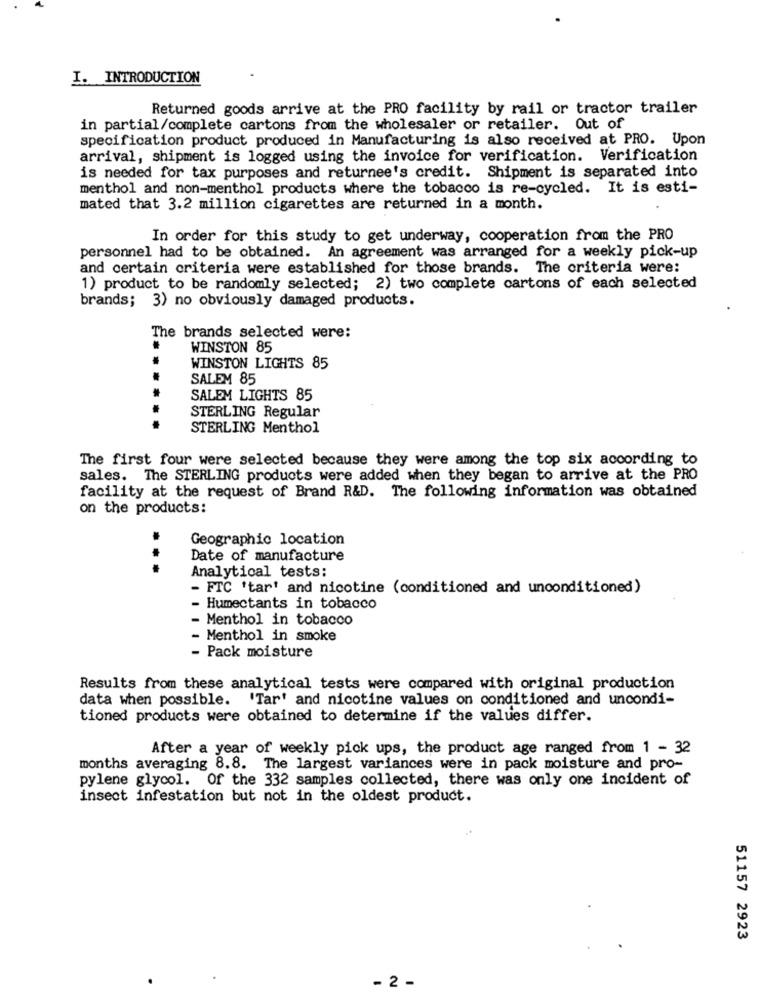
I. INTRODUCTION
Returned goods arrive at the PRO facility by rail or tractor trailer
in partial/complete cartons from the wholesaler or retailer. Out of
specification product produced in Manufacturing is also received at PRO. Upon
arrival, shipment is logged using the invoice for verification. Verification
is needed for tax purposes and returnee's credit. Shipment is separated into
menthol and non-menthol products where the tobacco is re-cycled. It is esti-
mated that 3.2 million cigarettes are returned in a month.
In order for this study to get underway, cooperation from the PRO
personnel had to be obtained. An agreement was arranged for a weekly pick-up
and certain criteria were established for those brands. The criteria were:
1) product to be randomly selected; 2) two complete cartons of each selected
brands; 3) no obviously damaged products.
The brands selected were:
WINSTON 85
WINSTON LIGHTS 85
SALEM 85
SALEM LIGHTS 85
STERLING Regular
STERLING Menthol
The first four were selected because they were among the top six according to
sales. The STERLING products were added when they began to arrive at the PRO
facility at the request of Brand R&D. The following information was obtained
on the products:
Geographic location
Date of manufacture
...
Analytical tests:
- FTC 'tar' and nicotine (conditioned and unconditioned)
Humectants in tobacco
Menthol in tobacco
Menthol in smoke
- Pack moisture
Results from these analytical tests were compared with original production
data when possible. 'Tar' and nicotine values on conditioned and uncondi-
tioned products were obtained to determine if the values differ.
After a year of weekly pick ups, the product age ranged from 1 - 32
months averaging 8.8. The largest variances were in pack moisture and pro-
pylene glycol. Of the 332 samples collected, there was only one incident of
insect infestation but not in the oldest product.
51157 2923
- 2 -